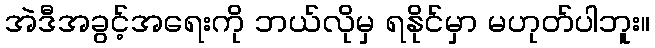
အဲဒီအခွင့်အရေးကို ဘယ်လိုမှ ရနိုင်မှာ မဟုတ်ပါဘူး။